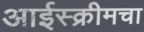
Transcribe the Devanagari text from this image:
आईस्क्रीमचा